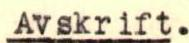
Avskrift.